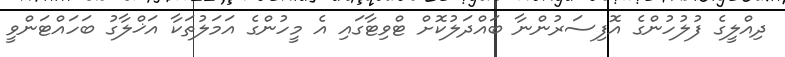
ދިއްލީގެ ފުލުހުންގެ އޮފިސަރުންނާ ބައްދަލުކޮށް ޓްވިޓާގައި އެ މީހުންގެ އަމަލުތަކާ އަޚްލާގު ބަހައްޓަންވީ